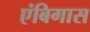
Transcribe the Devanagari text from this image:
एंबिगास